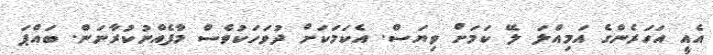
އެއީ އަހަރެންގެ އަމިއްލަ ލޭ ކަމަށް ވިޔަސް. އެކަމަކަށް ދުވަހަކުވެސް މާފެއްނުކުރާނަން. ބައްޕަ